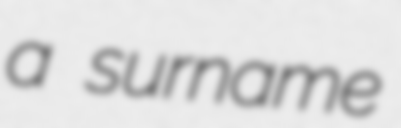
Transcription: a surname